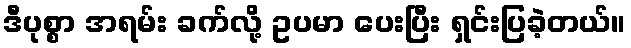
ဒီပုစ္စာ အရမ်း ခက်လို့ ဥပမာ ပေးပြီး ရှင်းပြခဲ့တယ်။